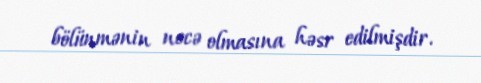
bölünmənin necə olmasına həsr edilmişdir.